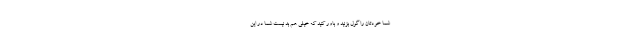
شما خودتان را گول بزنید و باور کنید که خیلی هم بد نیست شما در این